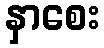
နှာစေး